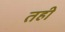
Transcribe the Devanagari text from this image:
तही